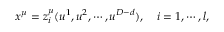
x ^ { \mu } = z _ { i } ^ { \mu } ( u ^ { 1 } , u ^ { 2 } , \cdots , u ^ { D - d } ) , \quad i = 1 , \cdots , l ,